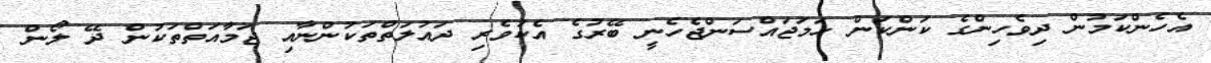
އެހެންކަމުން ދިވެހިންގެ ކަންކަން ހަމަޖައްސަންޖެހެނީ ބޭރުގެ އެކުވެރި ދައުލަތްތަކުންނާއި ޖަމާއަތްތަކުން ދޭ ލޯން